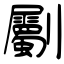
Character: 劚